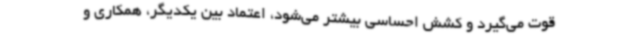
قوت می‌گیرد و کشش احساسی بیشتر می‌شود، اعتماد بین یکدیگر، همکاری و